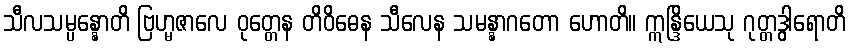
သီလသမ္ပန္နောတိ ဗြဟ္မဇာလေ ဝုတ္တေန တိဝိဓေန သီလေန သမန္နာဂတော ဟောတိ။ ဣန္ဒြိယေသု ဂုတ္တဒွါရောတိ